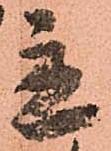
立